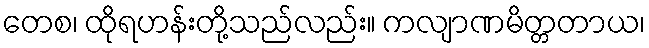
တေစ၊ ထိုရဟန်းတို့သည်လည်း။ ကလျာဏမိတ္တတာယ၊